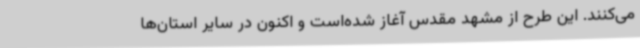
می‌کنند. این طرح از مشهد مقدس آغاز شده‌است و اکنون در سایر استان‌ها